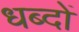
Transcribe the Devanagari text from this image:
धब्दों